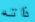
ذاته